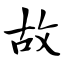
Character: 故